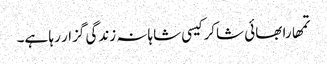
تمھارا بھائی شاکر کیسی شاہانہ زندگی گزار رہا ہے۔